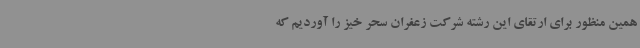
همین منظور برای ارتقای این رشته شرکت زعفران سحر خیز را آوردیم که